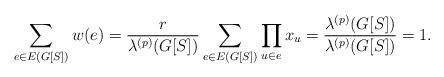
LaTeX: \begin{align*}\sum_{e\in E(G[S])}w(e)=\frac{r}{\lambda^{(p)}(G[S])}\sum_{e\in E(G[S])}\prod_{u\in e}x_u=\frac{\lambda^{(p)}(G[S])}{\lambda^{(p)}(G[S])}=1.\end{align*}